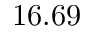
1 6 . 6 9